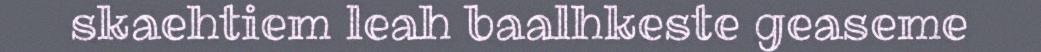
skaehtiem leah baalhkeste geaseme